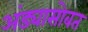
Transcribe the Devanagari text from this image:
अंड्यासोबत